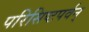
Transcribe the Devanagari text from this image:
परिसिष्टपर्वन्‌